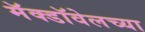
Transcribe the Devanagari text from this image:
मॅक्डॉवेलच्या